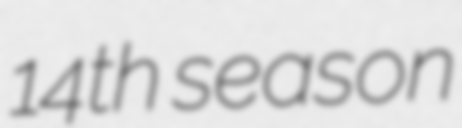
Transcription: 14th season